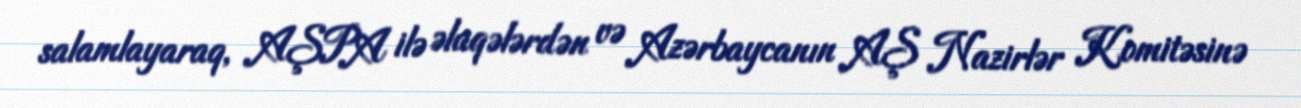
salamlayaraq, AŞPA ilə əlaqələrdən və Azərbaycanın AŞ Nazirlər Komitəsinə